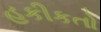
હકીકતો